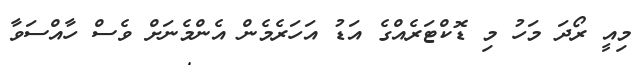
މިއީ ރޯދަ މަހު މި ޑޮކްޓަރެއްގެ އަޑު އަހަރެމެން އެންމެނަށް ވެސް ހާއްސަވާ